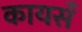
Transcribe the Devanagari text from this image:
कायसँ